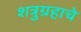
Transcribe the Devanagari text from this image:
शत्रुग्रहाचे